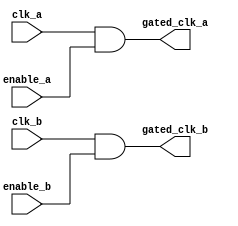
module clock_gating(
    input wire clk_a,         // Clock domain A
    input wire clk_b,         // Clock domain B
    input wire enable_a,      // Enable signal for clock domain A
    input wire enable_b,      // Enable signal for clock domain B
    output wire gated_clk_a,  // Gated clock output for domain A
    output wire gated_clk_b   // Gated clock output for domain B
);

// Clock Gating Logic
assign gated_clk_a = clk_a & enable_a; // Gated clock for domain A
assign gated_clk_b = clk_b & enable_b; // Gated clock for domain B

endmodule